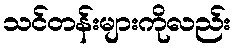
သင်တန်းများကိုလည်း